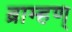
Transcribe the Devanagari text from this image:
ब्राम्हण्